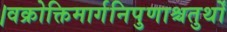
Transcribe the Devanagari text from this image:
।वक्रोक्तिमार्गनिपुणाश्चतुर्थों